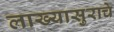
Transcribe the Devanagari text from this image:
लाख्यासुराचे